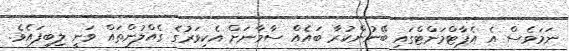
ނަމަވެސް އެ އެޕާޓްމަންޓްގައި ބޭނުންކުރާ ބައެއް ސާމާނަށް އެކިވަރުގެ ގެއްލުންތައް ވަނީ ލިބިފައެވެ.